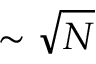
\sim \sqrt { N }